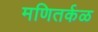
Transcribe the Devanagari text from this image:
मणितर्कळ